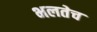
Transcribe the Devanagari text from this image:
भलतेच